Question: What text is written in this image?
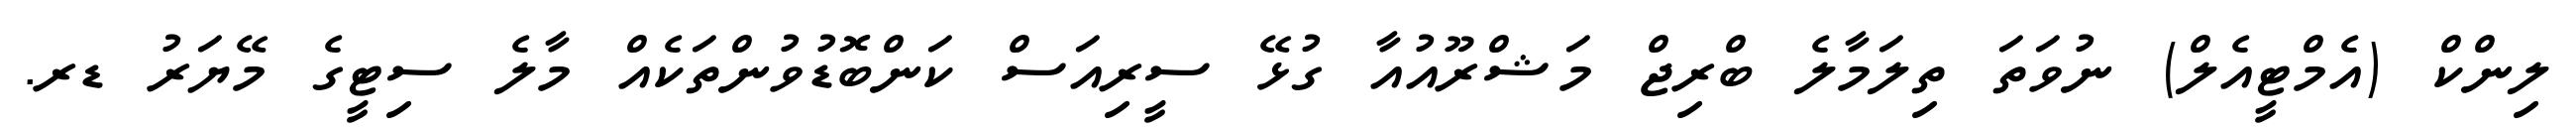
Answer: ލިންކް (އެމްޓީއެލް) ނުވަތަ ތިލަމާލެ ބްރިޖް މަޝްރޫއުއާ ގުޅޭ ސީރިއަސް ކަންބޮޑުވުންތަކެއް މާލެ ސިޓީގެ މޭޔަރު ޑރ.